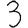
Digit: 3